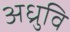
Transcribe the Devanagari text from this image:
अध्रुवि